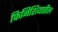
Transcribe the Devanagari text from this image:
फिनिशियातील